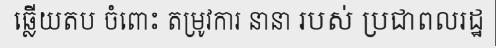
ឆ្លើយតប ចំពោះ តម្រូវការ នានា របស់ ប្រជាពលរដ្ឋ